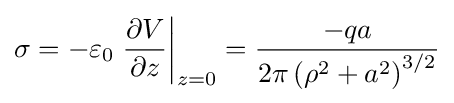
\sigma =-\varepsilon _{0}\left.{\frac {\partial V}{\partial z}}\right|_{z=0}={\frac {-qa}{2\pi \left(\rho ^{2}+a^{2}\right)^{3/2}}}